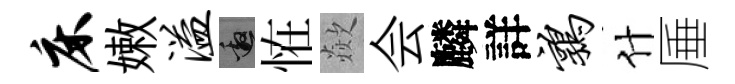
床嫩溢邀恠歘会麟詳鹑什厜